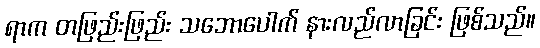
ရာက တဖြည်းဖြည်း သဘောပေါက် နားလည်လာခြင်း ဖြစ်သည်။